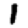
Digit: 1